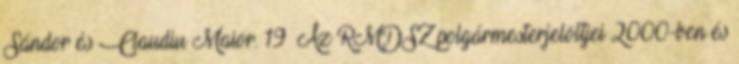
Sándor és Claudiu Maior. 19 Az RMDSZ polgármesterjelöltjei 2000-ben és